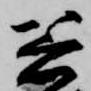
着